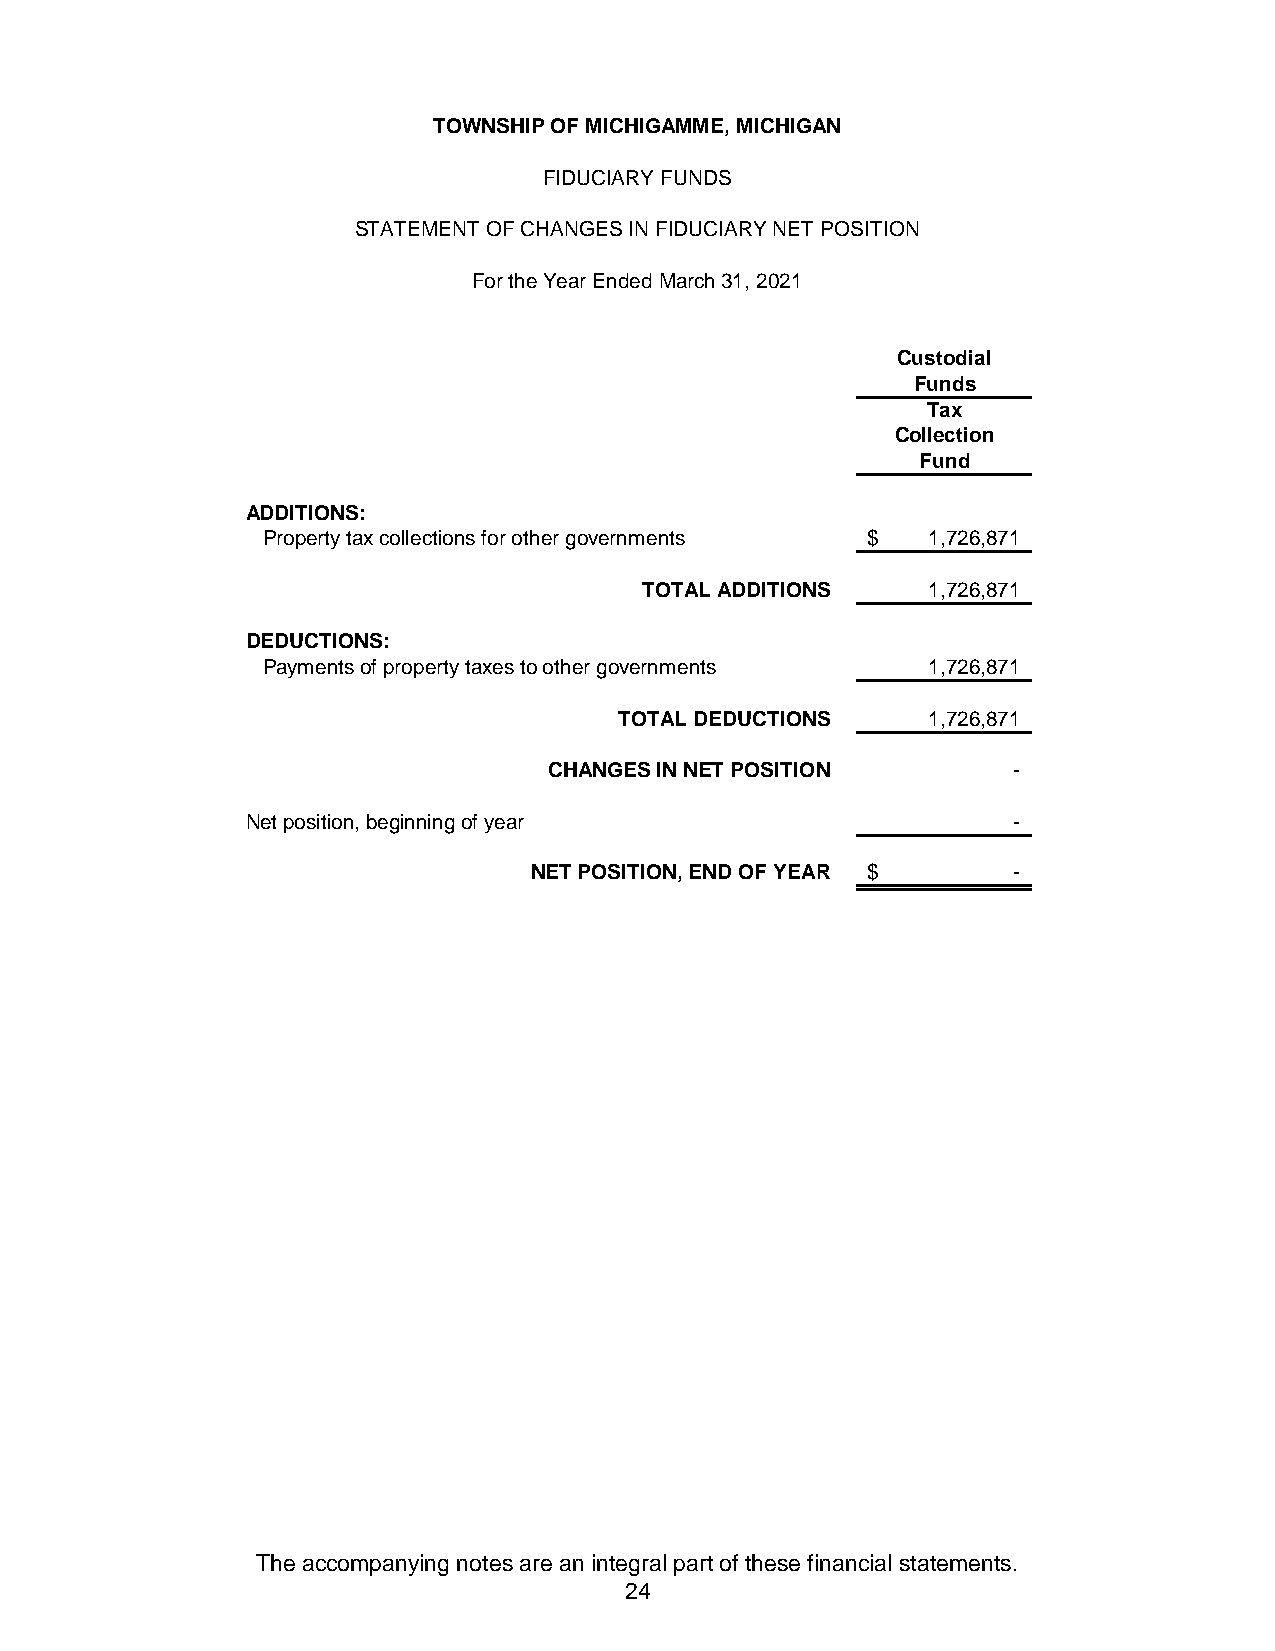
TOWNSHIP OF MICHIGAMME, MICHIGAN
 FIDUCIARY FUNDS
 STATEMENT OF CHANGES IN FIDUCIARY NET POSITION
 For the Year Ended March 31, 2021
 Custodial
 Funds
 Tax
 Collection
 Fund
 ADDITIONS:
 Property tax collections for other governments $ 1,726,871
 TOTAL ADDITIONS    1,726,871
 DEDUCTIONS:
 Payments of property taxes to other governments 1,726,871
 TOTAL DEDUCTIONS    1,726,871
 CHANGES IN NET POSITION        -
 Net position, beginning of year                    -
 NET POSITION, END OF YEAR $     -
 The accompanying notes are an integral part of these financial statements.
 24